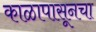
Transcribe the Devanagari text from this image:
काळापासूनचा